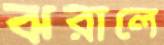
ঝরালে